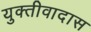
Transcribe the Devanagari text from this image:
युक्तीवादास